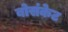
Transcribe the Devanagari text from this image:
बोसंकेट